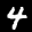
Label: 4